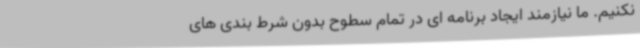
نکنیم. ما نیازمند ایجاد برنامه ای در تمام سطوح بدون شرط بندی های